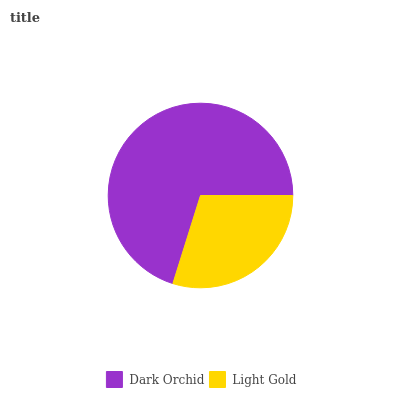
| Dark Orchid | Light Gold |
 | --- | --- |
 | 70.2% | 29.8% |